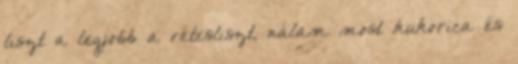
liszt a legjobb a rétesliszt, nálam most kukorica és